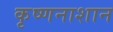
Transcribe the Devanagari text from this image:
कृष्णनाशान